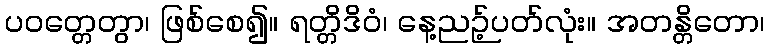
ပဝတ္တေတွာ၊ ဖြစ်စေ၍။ ရတ္တိဒိဝံ၊ နေ့ညဉ့်ပတ်လုံး။ အတန္တိတော၊